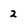
Character: 2